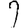
Digit: 9